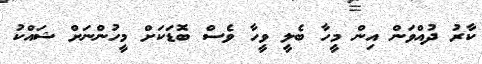
ކާރު ދުއްވަން އިން މީހާ ބެލީ ވީހާ ވެސް ބޮޑަކަށް މީހުންނަށް ޝައްކު